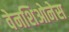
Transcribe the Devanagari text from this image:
वेनशिओनेस